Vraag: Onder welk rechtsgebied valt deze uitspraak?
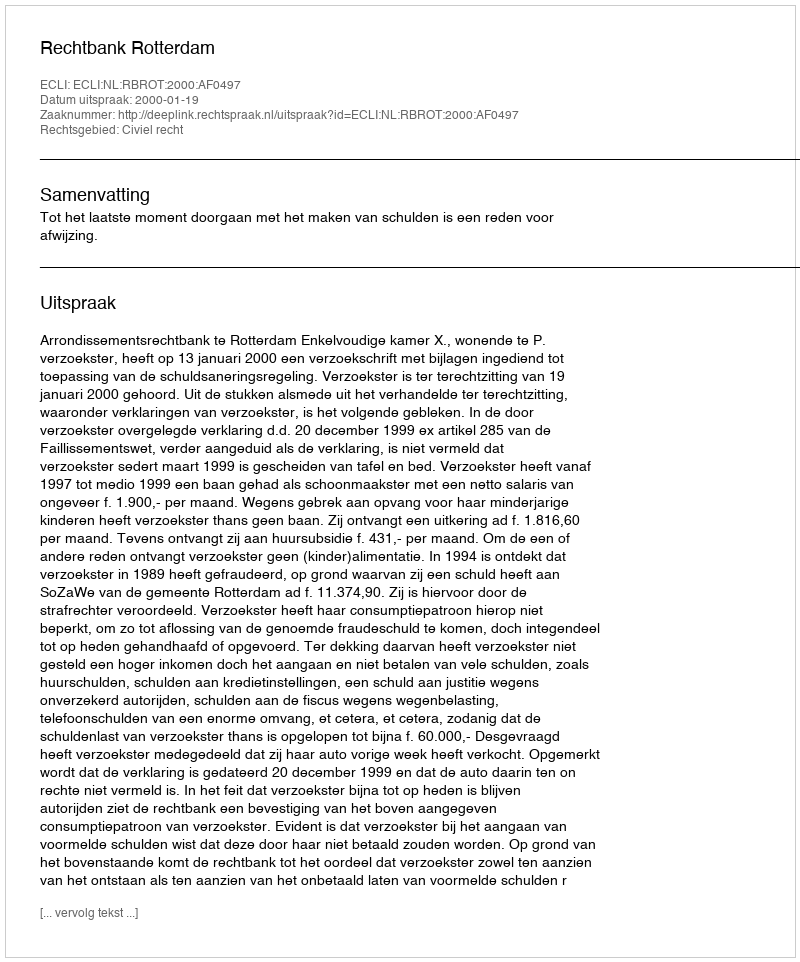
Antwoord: Civiel recht